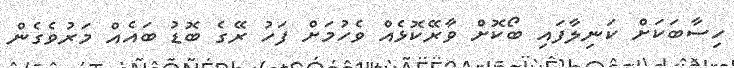
ހިސާބަކަށް ކަނިލާފައި ބޯކޮށް ވާރޭކޮޅެއް ވެހުމަށް ފަހު ރޭގެ ބޮޑު ބައެއް މަރުވެގެން